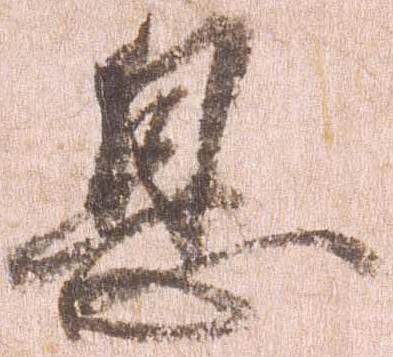
息